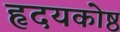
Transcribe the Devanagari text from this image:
हृदयकोष्ठ